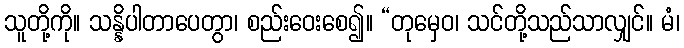
သူတို့ကို။ သန္နိပါတာပေတွာ၊ စည်းဝေးစေ၍။ “တုမှေဝ၊ သင်တို့သည်သာလျှင်။ မံ၊